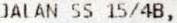
JALAN SS 15/4B,